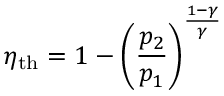
\eta _ { \mathrm { { t h } } } = 1 - { \bigg ( } { \frac { p _ { 2 } } { p _ { 1 } } } { \bigg ) } ^ { \frac { 1 - \gamma } { \gamma } }